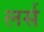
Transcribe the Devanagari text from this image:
लर्स